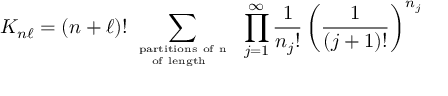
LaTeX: K _ { n \ell } = ( n + \ell ) ! \sum _ { { \mathrm { \scriptsize ~ p a r t i t i o n s ~ o f ~ n ~ } } \atop { \mathrm { \scriptsize ~ o f ~ l e n g t h ~ \ell ~ } } } \; \prod _ { j = 1 } ^ { \infty } \frac { 1 } { { n _ { j } } ! } \left( \frac { 1 } { ( j + 1 ) ! } \right) ^ { n _ { j } }